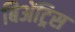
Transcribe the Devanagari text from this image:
बिॲट्रिस